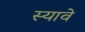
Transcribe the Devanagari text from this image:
स्यावे